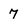
Character: 7